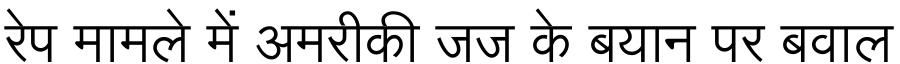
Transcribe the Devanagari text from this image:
रेप मामले में अमरीकी जज के बयान पर बवाल